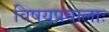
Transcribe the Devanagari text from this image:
विषयप्रवालाः